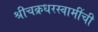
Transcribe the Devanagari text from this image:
श्रीचक्रधरस्वामींची